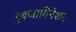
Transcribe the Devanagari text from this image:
इक्जामिनेशन